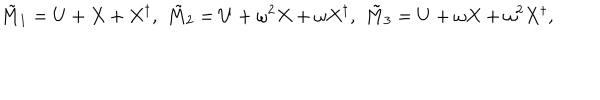
LaTeX: \tilde { M } _ { 1 } = U + X + X ^ { \dagger } , \, \, \tilde { M } _ { 2 } = U + \omega ^ { 2 } X + \omega X ^ { \dagger } , \, \, \tilde { M } _ { 3 } = U + \omega X + \omega ^ { 2 } X ^ { \dagger } ,